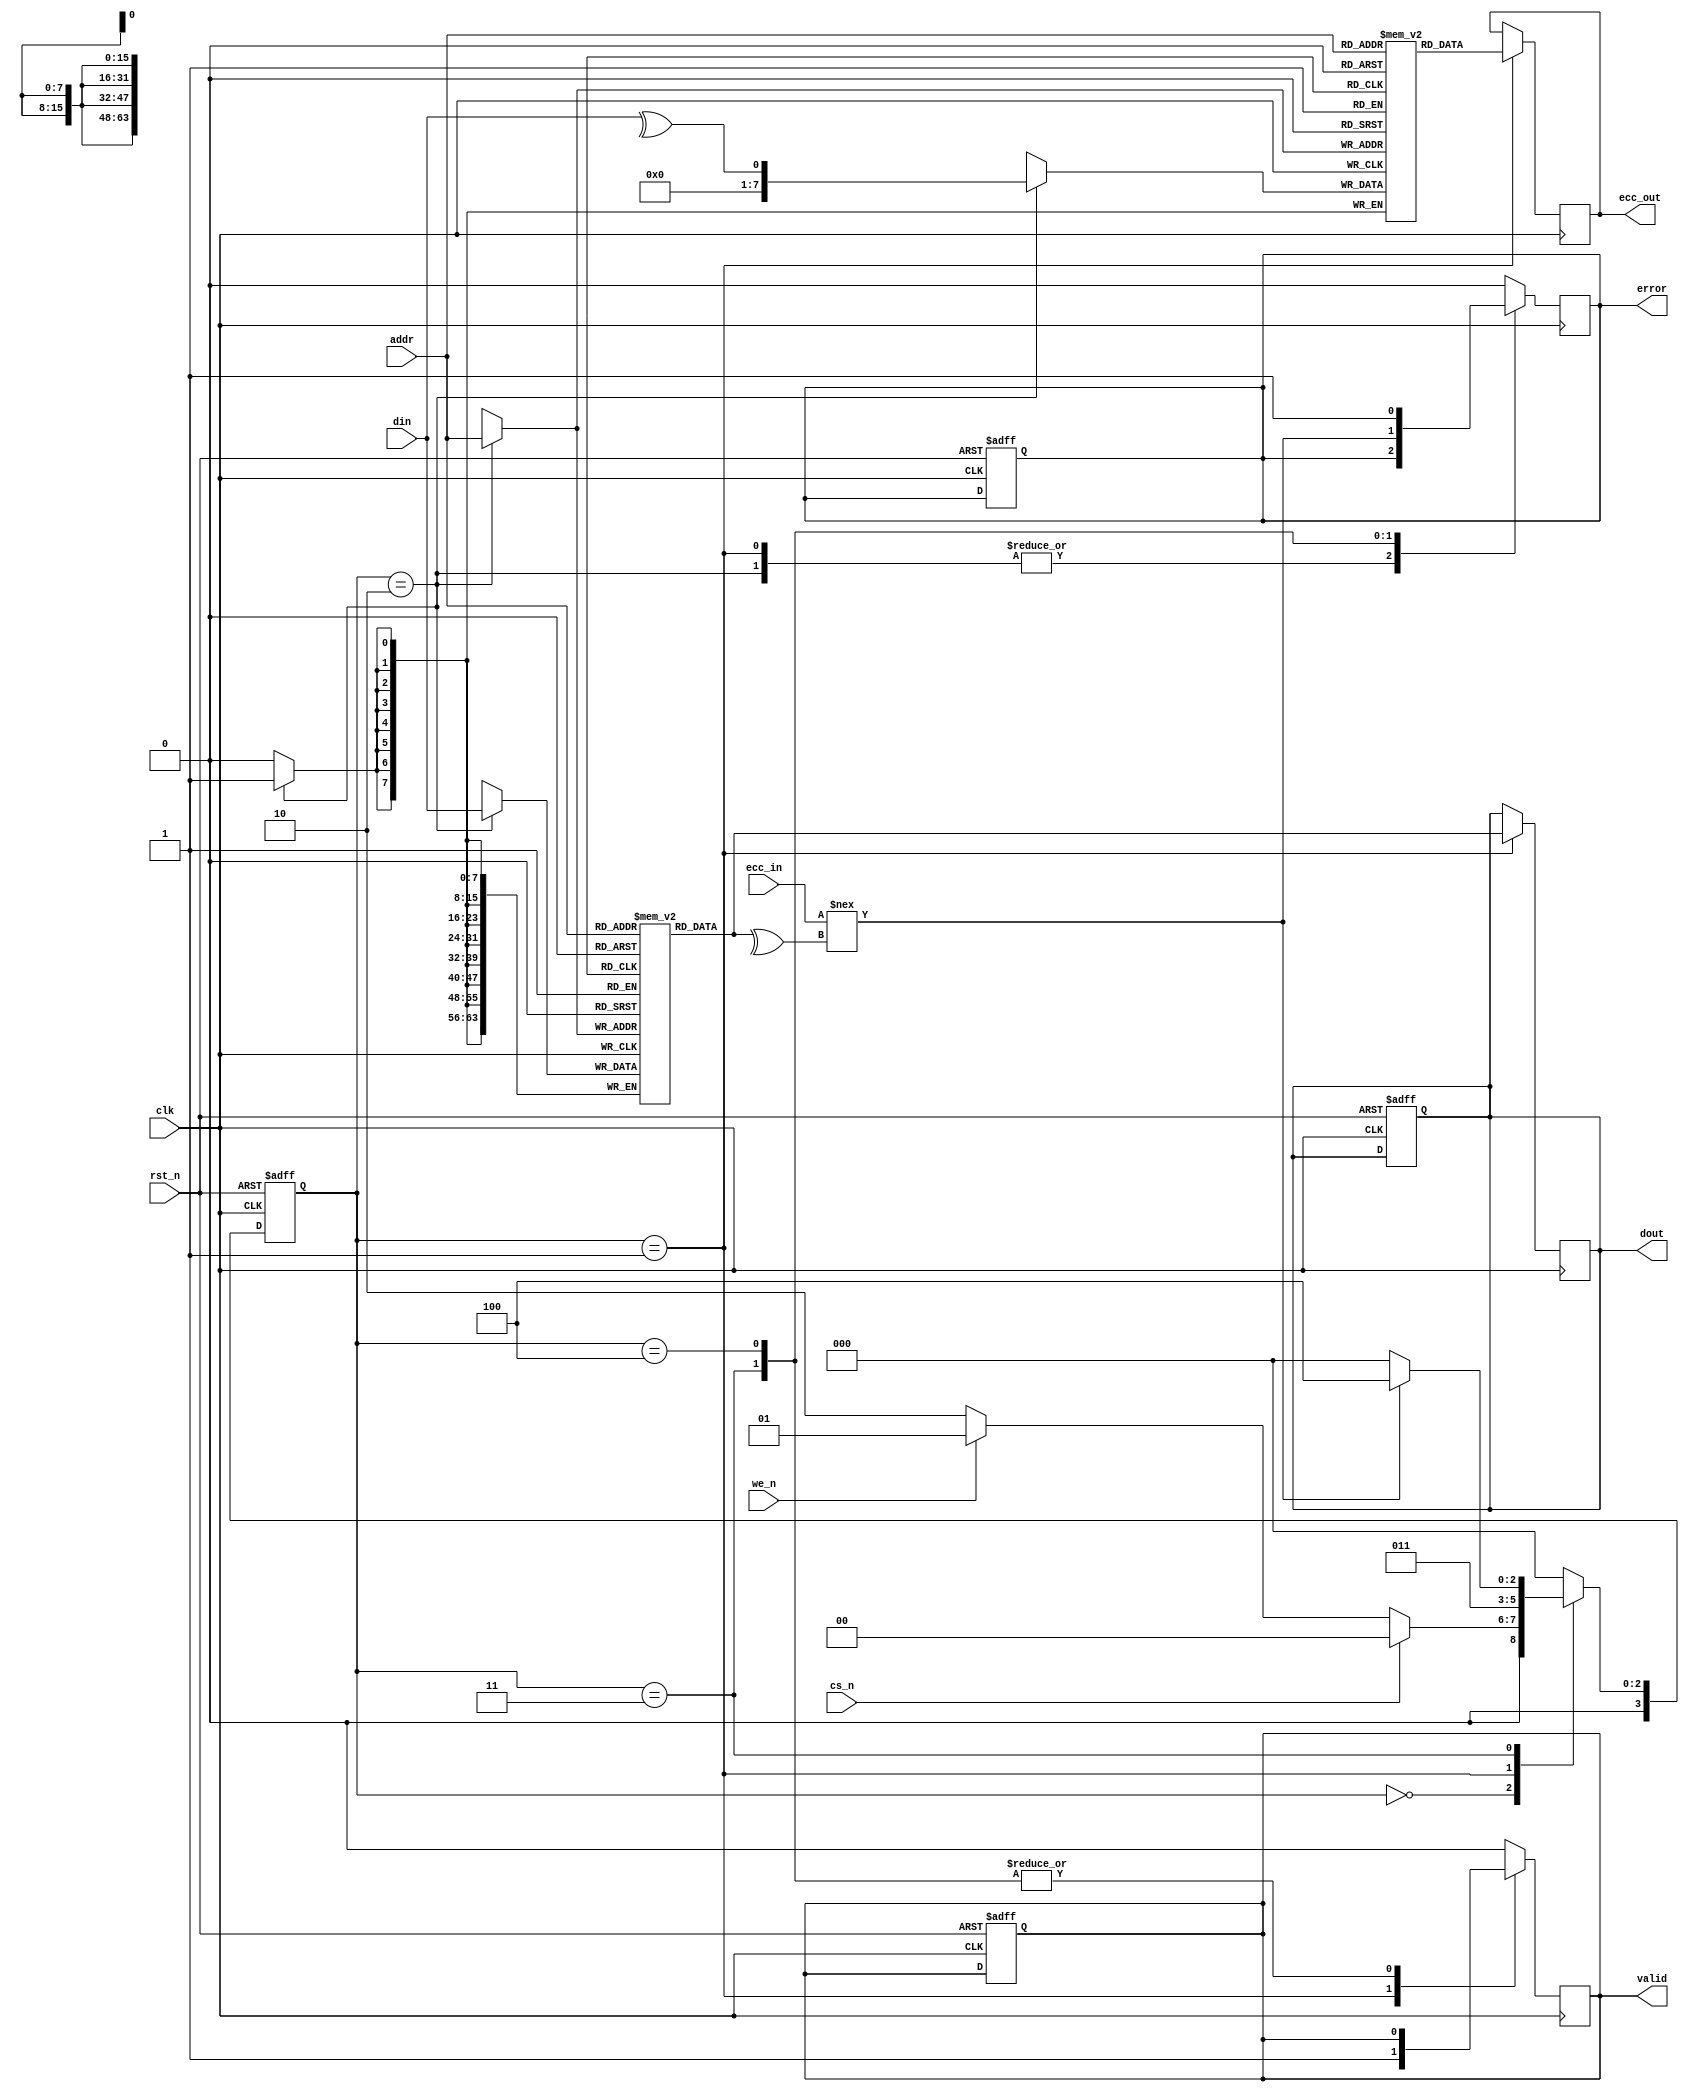
module ecc_dram_io_block #(
    parameter DATA_WIDTH = 64,         // Data bus width
    parameter ADDR_WIDTH = 16,         // Address width
    parameter ECC_BITS = 8              // Number of ECC bits
)(
    input wire clk,                     // Clock signal
    input wire rst_n,                   // Active low reset
    input wire cs_n,                    // Chip select (active low)
    input wire we_n,                    // Write enable (active low)
    input wire [ADDR_WIDTH-1:0] addr,  // Address bus
    input wire [DATA_WIDTH-1:0] din,    // Data input bus
    output reg [DATA_WIDTH-1:0] dout,   // Data output bus
    output reg valid,                   // Valid data signal
    output reg error,                   // Error signal for ECC
    output reg [ECC_BITS-1:0] ecc_out, // ECC output
    input wire [ECC_BITS-1:0] ecc_in   // ECC input for checking
);

    // Internal signals
    reg [DATA_WIDTH-1:0] mem [0:2**ADDR_WIDTH-1]; // Memory array
    reg [ECC_BITS-1:0] ecc_mem [0:2**ADDR_WIDTH-1]; // ECC memory array
    reg [3:0] state; // State for FSM
    reg [3:0] next_state;

    // State encoding
    localparam IDLE = 4'b0000,
               READ = 4'b0001,
               WRITE = 4'b0010,
               ECC_CHECK = 4'b0011,
               ERROR_HANDLING = 4'b0100;

    // ECC encoding function (simple parity for demonstration)
    function [ECC_BITS-1:0] ecc_encode(input [DATA_WIDTH-1:0] data);
        begin
            ecc_encode = ^data; // Simple parity for demonstration
        end
    endfunction

    // ECC decoding function (simple parity check for demonstration)
    function error_detected(input [DATA_WIDTH-1:0] data, input [ECC_BITS-1:0] ecc);
        begin
            error_detected = (ecc !== ecc_encode(data));
        end
    endfunction

    // State machine for control logic
    always @(posedge clk or negedge rst_n) begin
        if (!rst_n) begin
            state <= IDLE;
            dout <= 0;
            valid <= 0;
            error <= 0;
        end else begin
            state <= next_state;
        end
    end

    // Next state logic
    always @(*) begin
        case (state)
            IDLE: begin
                if (!cs_n) begin
                    if (!we_n) begin
                        next_state = WRITE;
                    end else begin
                        next_state = READ;
                    end
                end else begin
                    next_state = IDLE;
                end
            end
            READ: begin
                next_state = ECC_CHECK;
            end
            WRITE: begin
                next_state = IDLE;
            end
            ECC_CHECK: begin
                if (error_detected(mem[addr], ecc_in)) begin
                    next_state = ERROR_HANDLING;
                end else begin
                    next_state = IDLE;
                end
            end
            ERROR_HANDLING: begin
                // Handle error (e.g., log it, correct it, etc.)
                next_state = IDLE;
            end
            default: next_state = IDLE;
        endcase
    end

    // Output logic
    always @(posedge clk) begin
        case (state)
            READ: begin
                dout <= mem[addr];
                valid <= 1;
                ecc_out <= ecc_mem[addr]; // Output the stored ECC
            end
            WRITE: begin
                mem[addr] <= din;
                ecc_mem[addr] <= ecc_encode(din); // Store ECC
                valid <= 0;
            end
            ECC_CHECK: begin
                error <= error_detected(mem[addr], ecc_in);
            end
            ERROR_HANDLING: begin
                // Error handling logic here
                error <= 1; // Indicate an error occurred
            end
            default: begin
                valid <= 0;
                error <= 0;
            end
        endcase
    end

endmodule